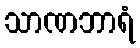
သာဏဘာရံ